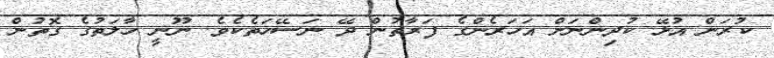
ކުރަން އުޅޭ ކުދިންނަށް އަހަރެންގެ ފަރާތުން ދޭ ނަސޭހަތެކެވެ. ނޫނީ ހާލަތުގެ ގޮތުން